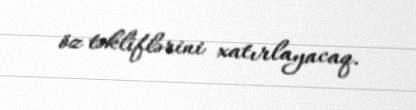
öz təkliflərini xatırlayacaq.